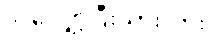
ဒါ လျှော့ပြီးသားလား။